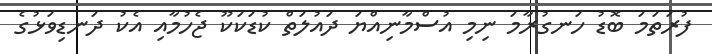
ފުރަތަމަ ބޮޑު ހަނގުރާމަ ނިމި އުސްމާނިއްޔަ ދައުލަތް ކުޑަކަކޫ ޖެހުމާއި އެކު ދަނޑިވަޅުގެ